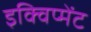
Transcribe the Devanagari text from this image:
इक्विप्मेंट